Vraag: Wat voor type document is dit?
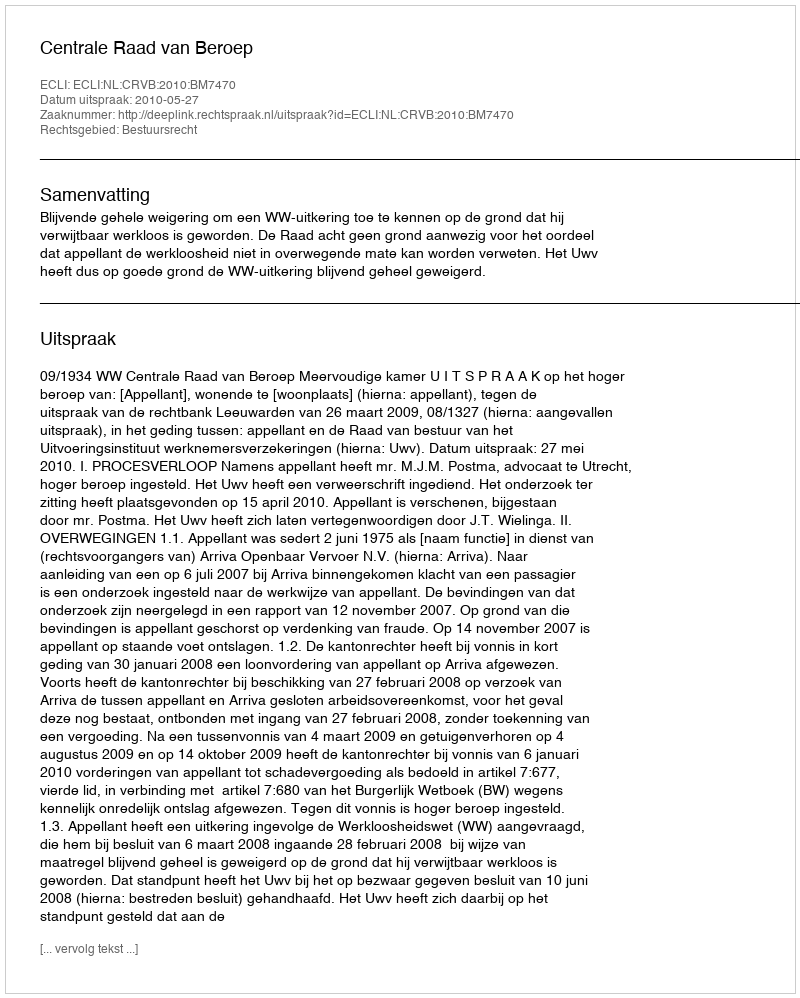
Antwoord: Uitspraak